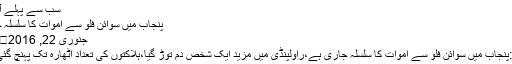
سب سے پہلے آپ ...
پنجاب میں سوائن فلو سے اموات کا سلسلہ جاری
جنوری 22, 2016	157
لاہور:پنجاب میں سوائن فلو سے اموات کا سلسلہ جاری ہے،راولپنڈی میں مزید ایک شخص دم توڑ گیا،ہلاکتوں کی تعداد اٹھارہ تک پہنچ گئی ہے۔